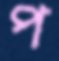
প